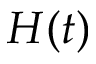
H ( t )